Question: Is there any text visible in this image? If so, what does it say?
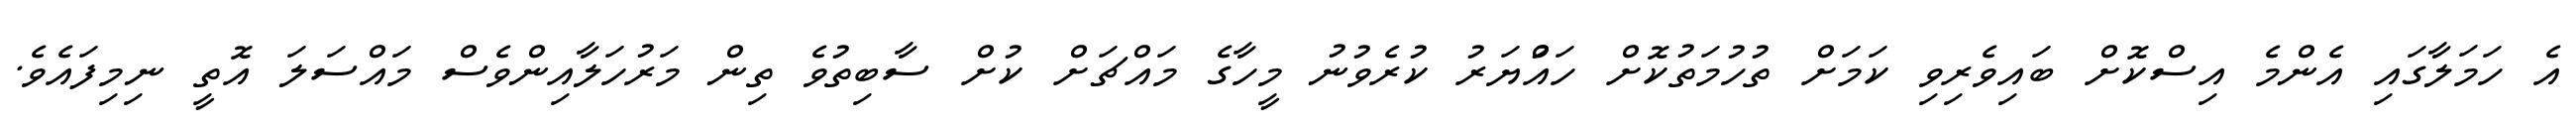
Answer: އެ ހަމަލާގައި އެންމެ އިސްކޮށް ބައިވެރިވި ކަމަށް ތުހުމަތުކޮށް ހައްުޔަރު ކުރެވުނު މީހާގެ މައްޗަށް ކުށް ސާބިތުވެ ތިން މަރުހަލާއިންވެސް މައްސަލަ އޮތީ ނިމިފައެވެ.